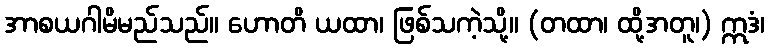
အာစယဂါမိမည်သည်။ ဟောတိ ယထာ၊ ဖြစ်သကဲ့သို့။ (တထာ၊ ထို့အတူ၊) ဣဒံ၊